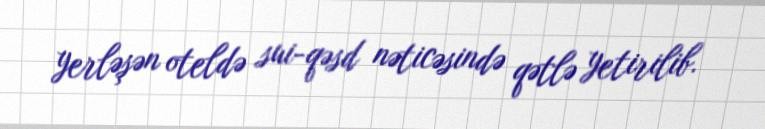
yerləşən oteldə sui-qəsd nəticəsində qətlə yetirilib.